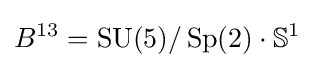
B^{13}=\operatorname {SU} (5)/\operatorname {Sp} (2)\cdot \mathbb {S} ^{1}